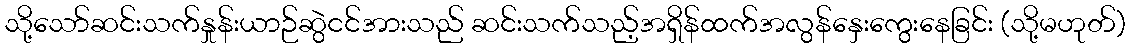
သို့သော်ဆင်းသက်နှုန်းယာဉ်ဆွဲငင်အားသည် ဆင်းသက်သည့်အရှိန်ထက်အလွန်နှေးကွေးနေခြင်း (သို့မဟုတ်)